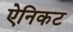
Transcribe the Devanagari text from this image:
ऐनिकट